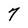
Character: 7